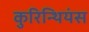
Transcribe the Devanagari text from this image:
कुरिन्थियंस